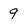
Character: 9